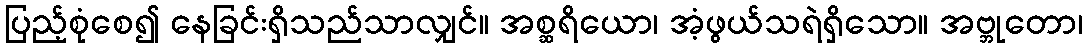
ပြည့်စုံစေ၍ နေခြင်းရှိသည်သာလျှင်။ အစ္ဆရိယော၊ အံ့ဖွယ်သရဲရှိသော။ အဗ္ဘုတော၊